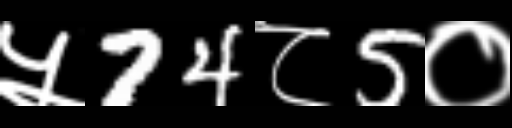
Text: ५74८5०